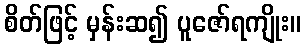
စိတ်ဖြင့် မှန်းဆ၍ ပူဇော်ရကျိုး။